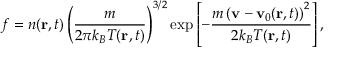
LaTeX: f = n ( \mathbf { r } , t ) \left( { \frac { m } { 2 \pi k _ { B } T ( \mathbf { r } , t ) } } \right) ^ { 3 / 2 } \exp \left[ - { \frac { m \left( \mathbf { v } - \mathbf { v } _ { 0 } ( \mathbf { r } , t ) \right) ^ { 2 } } { 2 k _ { B } T ( \mathbf { r } , t ) } } \right] ,